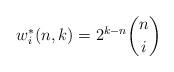
LaTeX: \begin{align*}w^*_i(n,k)=2^{k-n}\binom{n}{i}\end{align*}